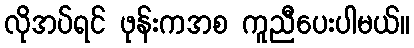
လိုအပ်ရင် ဖုန်းကအစ ကူညီပေးပါမယ်။